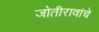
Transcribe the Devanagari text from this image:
जोतीरावांचे